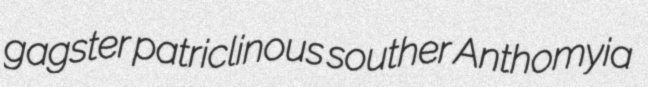
gagster patriclinous souther Anthomyia